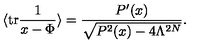
\langle \mathrm { t r } \frac { 1 } { x - \Phi } \rangle = \frac { P ^ { \prime } ( x ) } { \sqrt { P ^ { 2 } ( x ) - 4 \Lambda ^ { 2 N } } } .